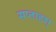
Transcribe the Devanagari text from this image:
सप्ताहश्